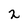
Character: 2